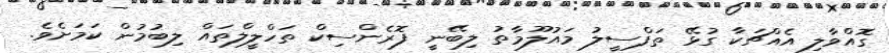
ގޮއްވާލި އެއްޗަކާ ގުޅޭ ތަފްސީލު މައުލޫމާތު ލިބޭނީ ފޮރެންސިކް ތަހްލީލްތައް ލިބުމުން ކަމަށެވެ.